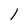
Character: 1